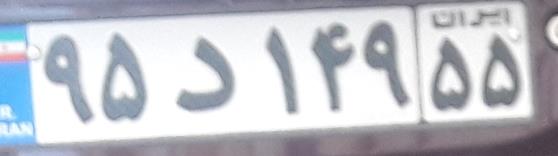
۹۵د۱۴۹۵۵